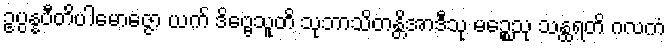
ဥပ္ပန္နပီတိပါမောဇ္ဇော ယက် ဒိဗ္ဗေသူတိ သုဘာသိတန္တိအာဒီသု မဉ္စေသု သန္ထရတိ ဂလကံ